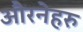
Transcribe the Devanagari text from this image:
औरनेहरु